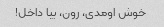
خوش اومدی، رون، بیا داخل!